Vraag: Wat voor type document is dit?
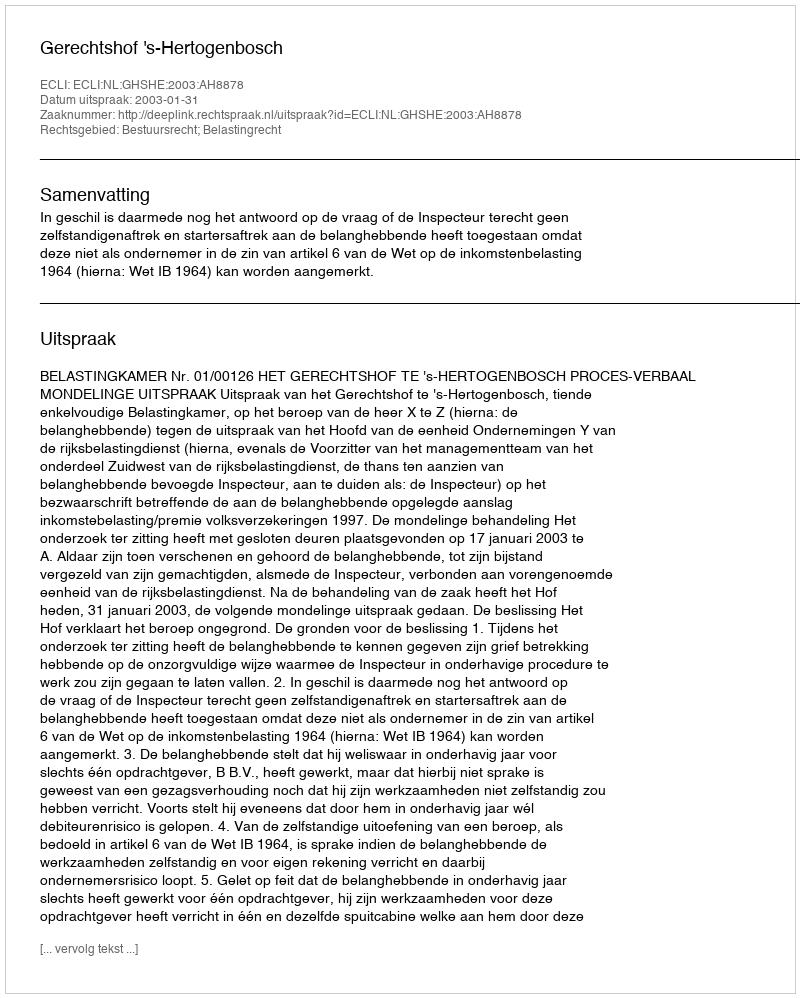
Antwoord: Uitspraak